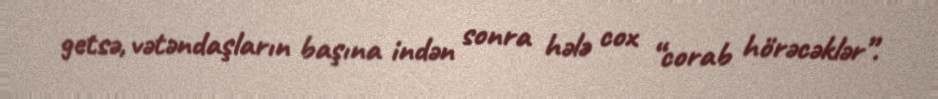
getsə, vətəndaşların başına indən sonra hələ cox “corab hörəcəklər”.